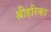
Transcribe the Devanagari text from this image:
श्रीहरिका